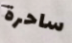
ساحرة